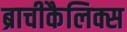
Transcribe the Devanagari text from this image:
ब्राचीकैलिक्स